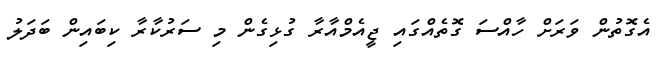
އެގޮތުން ވަރަށް ހާއްސަ ގޮތެއްގައި ޖީއެމްއާރާ ގުޅިގެން މި ސަރުކާރާ ކިބައިން ބަދަލު